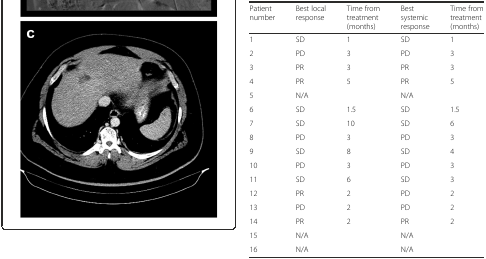
<table><thead><tr><td><b>Patient number</b></td><td><b>Best local response</b></td><td><b>Time from treatment (months)</b></td><td><b>Best systemic response</b></td><td><b>Time from treatment (months)</b></td></tr></thead><tbody><tr><td>1</td><td>SD</td><td>1</td><td>SD</td><td>1</td></tr><tr><td>2</td><td>PD</td><td>3</td><td>PD</td><td>3</td></tr><tr><td>3</td><td>PR</td><td>3</td><td>PR</td><td>3</td></tr><tr><td>4</td><td>PR</td><td>5</td><td>PR</td><td>5</td></tr><tr><td>5</td><td>N/A</td><td></td><td>N/A</td><td></td></tr><tr><td>6</td><td>SD</td><td>1.5</td><td>SD</td><td>1.5</td></tr><tr><td>7</td><td>SD</td><td>10</td><td>SD</td><td>6</td></tr><tr><td>8</td><td>PD</td><td>3</td><td>PD</td><td>3</td></tr><tr><td>9</td><td>SD</td><td>8</td><td>SD</td><td>4</td></tr><tr><td>10</td><td>PD</td><td>3</td><td>PD</td><td>3</td></tr><tr><td>11</td><td>SD</td><td>6</td><td>SD</td><td>3</td></tr><tr><td>12</td><td>PR</td><td>2</td><td>PD</td><td>2</td></tr><tr><td>13</td><td>PD</td><td>2</td><td>PD</td><td>2</td></tr><tr><td>14</td><td>PR</td><td>2</td><td>PR</td><td>2</td></tr><tr><td>15</td><td>N/A</td><td></td><td>N/A</td><td></td></tr><tr><td>16</td><td>N/A</td><td></td><td>N/A</td><td></td></tr></tbody></table>